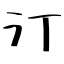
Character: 汀